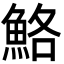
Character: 鮥